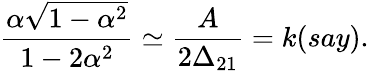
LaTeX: \frac{\alpha\sqrt{1-\alpha^{2}}}{1-2\alpha^{2}}\simeq\frac{A}{2\Delta_{21}}=k(say).